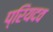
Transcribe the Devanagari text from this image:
प्रियदव